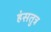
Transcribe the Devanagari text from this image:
हंसतुत्र